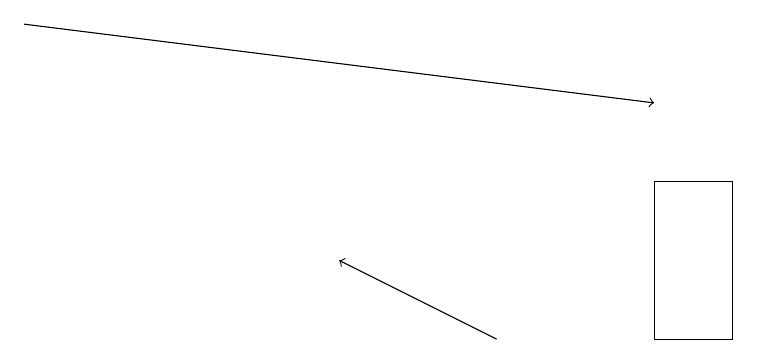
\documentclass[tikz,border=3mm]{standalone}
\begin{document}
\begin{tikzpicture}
\draw (9,14) rectangle (8,12);
\draw[->] (6,12) -- (4,13);
\draw[->] (0,16) -- (8,15);
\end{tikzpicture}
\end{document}